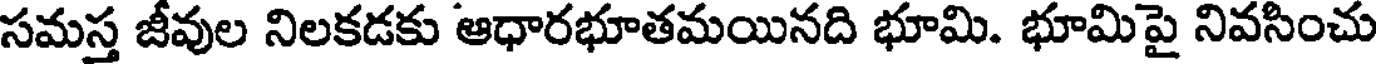
సమస్త జీవుల నిలకడకు ఆధారభూతమయినది భూమి. భూమిపై నివసించు